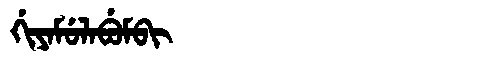
Manchu: ᡤᡳᠶᠠᠮᡠᠯᠠᠪᡠᠮᠪᡳ
Romanization: GIYAMULABUMBI